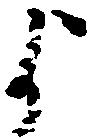
よ